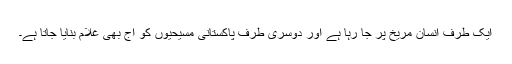
ایک طرف اِنسان مریخ پر جا رہا ہے اور دوسری طرف پاکستانی مسیحیوں کو آج بھی غلام بنایا جاتا ہے۔